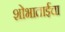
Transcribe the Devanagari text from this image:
शोभाताईंचा